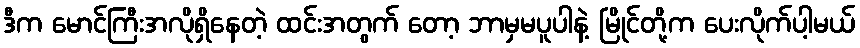
ဒီက မောင်ကြီးအလိုရှိနေတဲ့ ထင်းအတွက် တော့ ဘာမှမပူပါနဲ့ မြိုင်တို့က ပေးလိုက်ပါ့မယ်